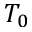
T _ { 0 }